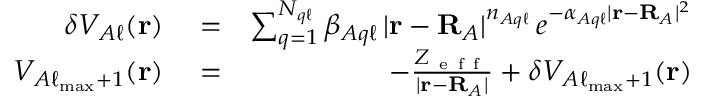
\begin{array} { r l r } { \delta V _ { A \ell } ( \mathbf { r } ) } & { { } = } & { \sum _ { q = 1 } ^ { N _ { q \ell } } \beta _ { A q \ell } \, | \mathbf { r } - \mathbf { R } _ { A } | ^ { n _ { A q \ell } } \, e ^ { - \alpha _ { A q \ell } | \mathbf { r } - \mathbf { R } _ { A } | ^ { 2 } } } \\ { V _ { A \ell _ { \operatorname* { m a x } } + 1 } ( \mathbf { r } ) } & { { } = } & { - \frac { Z _ { \mathrm { ~ e ~ f ~ f ~ } } } { | \mathbf { r } - \mathbf { R } _ { A } | } + \delta V _ { A \ell _ { \operatorname* { m a x } } + 1 } ( \mathbf { r } ) } \end{array}